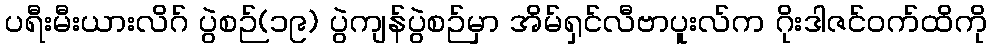
ပရီးမီးယားလိဂ် ပွဲစဉ်(၁၉) ပွဲကျန်ပွဲစဉ်မှာ အိမ်ရှင်လီဗာပူးလ်က ဂိုးဒါဇင်ဝက်ထိကို